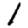
Digit: 1